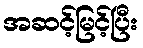
အဆင့်မြင့်ပြီး